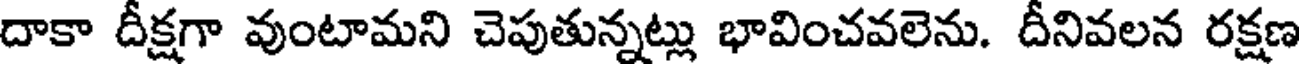
దాకా దీక్షగా వుంటామని చెపుతున్నట్లు భావించవలెను. దీనివలన రక్షణ